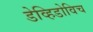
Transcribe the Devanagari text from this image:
डेव्हिडोविच